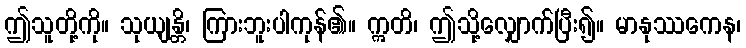
ဤသူတို့ကို။ သုယျန္တိ၊ ကြားဘူးပါကုန်၏။ ဣတိ၊ ဤသို့လျှောက်ပြီး၍။ မာနုဿကေန၊